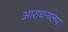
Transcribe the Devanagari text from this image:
आराधनालय